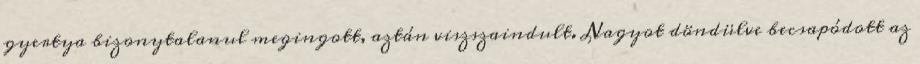
gyertya bizonytalanul megingott, aztán viszszaindult. Nagyot döndülve becsapódott az